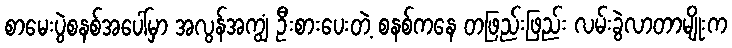
စာမေးပွဲစနစ်အပေါ်မှာ အလွန်အကျွံ ဦးစားပေးတဲ့ စနစ်ကနေ တဖြည်းဖြည်း လမ်းခွဲလာတာမျိုးက